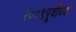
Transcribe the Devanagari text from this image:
२००९पूर्वीच्या